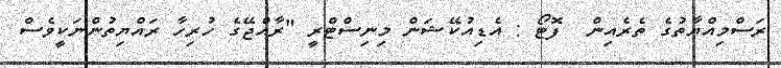
ރަސްމިއްޔާތުގެ ތެރެއިން  ފޮޓޯ : އެޑިއުކޭޝަން މިނިސްޓްރީ "ރާއްޖޭގެ ހުރިހާ ރައްޔިތުންނަކީވެސް